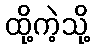
ထို့ကဲ့သို့